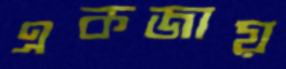
একজায়